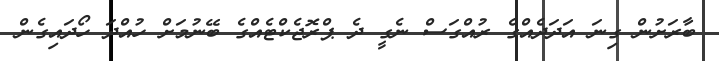
ބާރަށުން ގިނަ އަދަދެއްގެ ރުއްގަސް ނެގީ ދެ ޕްރޮޖެކްޓެއްގެ ބޭނުމަށް ހުއްދަ ހޯދައިގެން